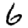
Digit: 6